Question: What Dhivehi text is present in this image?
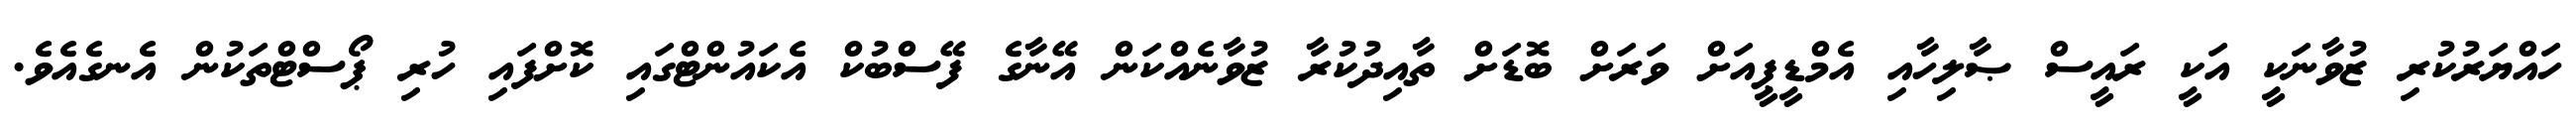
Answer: ހައްޔަރުކުރި ޒުވާނަކީ އަކީ ރައީސް ޞާލިހާއި އެމްޑީޕީއަށް ވަރަށް ބޮޑަށް ތާއިދުކުރާ ޒުވާނެއްކަން އޭނާގެ ފޭސްބުކް އެކައުންޓްގައި ކޮށްފައި ހުރި ޕޯސްޓްތަކުން އެނގެއެވެ.